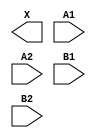
/**
 * Copyright 2020 The SkyWater PDK Authors
 *
 * Licensed under the Apache License, Version 2.0 (the "License");
 * you may not use this file except in compliance with the License.
 * You may obtain a copy of the License at
 *
 *     https://www.apache.org/licenses/LICENSE-2.0
 *
 * Unless required by applicable law or agreed to in writing, software
 * distributed under the License is distributed on an "AS IS" BASIS,
 * WITHOUT WARRANTIES OR CONDITIONS OF ANY KIND, either express or implied.
 * See the License for the specific language governing permissions and
 * limitations under the License.
 *
 * SPDX-License-Identifier: Apache-2.0
 */

`ifndef SKY130_FD_SC_HS__A22O_BLACKBOX_V
`define SKY130_FD_SC_HS__A22O_BLACKBOX_V

/**
 * a22o: 2-input AND into both inputs of 2-input OR.
 *
 *       X = ((A1 & A2) | (B1 & B2))
 *
 * Verilog stub definition (black box without power pins).
 *
 * WARNING: This file is autogenerated, do not modify directly!
 */

`timescale 1ns / 1ps
`default_nettype none

(* blackbox *)
module sky130_fd_sc_hs__a22o (
    X ,
    A1,
    A2,
    B1,
    B2
);

    output X ;
    input  A1;
    input  A2;
    input  B1;
    input  B2;

    // Voltage supply signals
    supply1 VPWR;
    supply0 VGND;

endmodule

`default_nettype wire
`endif  // SKY130_FD_SC_HS__A22O_BLACKBOX_V